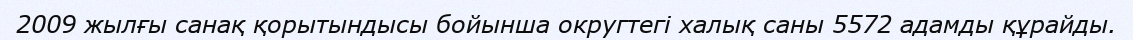
2009 жылғы санақ қорытындысы бойынша округтегі халық саны 5572 адамды құрайды.